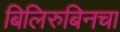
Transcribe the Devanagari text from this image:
बिलिरुबिनचा